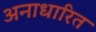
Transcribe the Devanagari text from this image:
अनाधारित